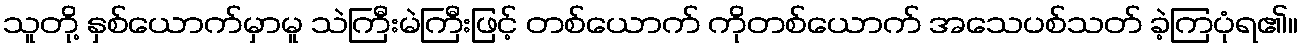
သူတို့ နှစ်ယောက်မှာမူ သဲကြီးမဲကြီးဖြင့် တစ်ယောက် ကိုတစ်ယောက် အသေပစ်သတ် ခဲ့ကြပုံရ၏။